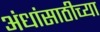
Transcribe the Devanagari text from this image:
अंधांसाठीच्या